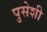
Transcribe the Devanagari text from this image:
पुसेशी